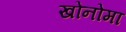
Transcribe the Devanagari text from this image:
खोनोमा